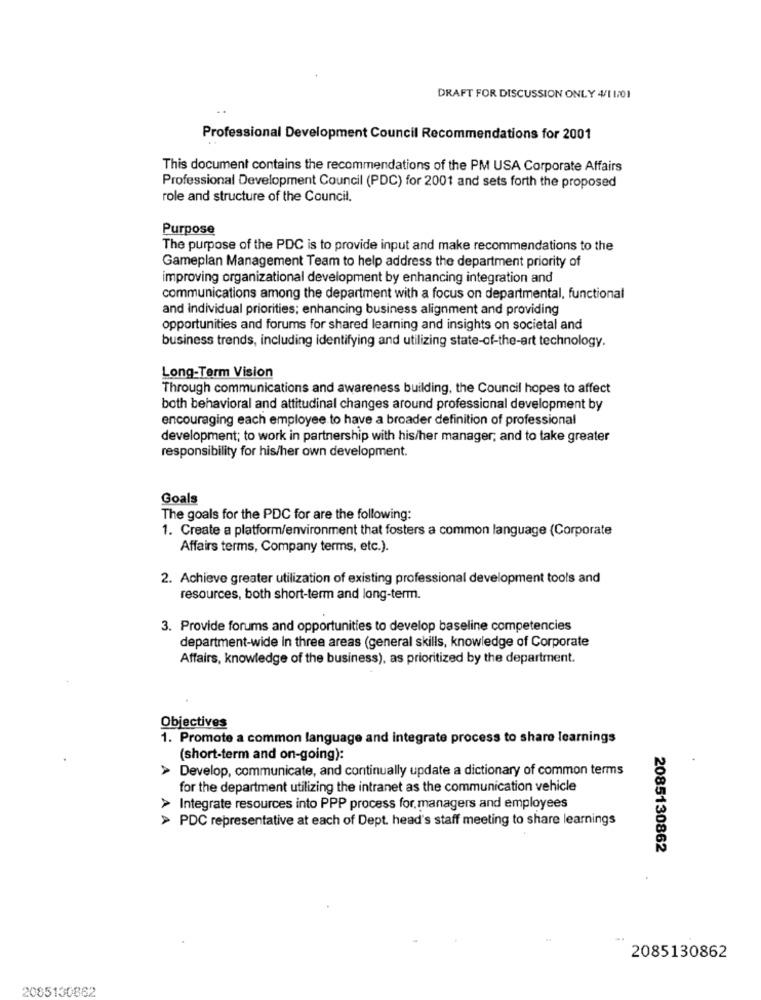
DRAFT FOR DISCUSSION ONLY 4/1 1/01
Professional Development Council Recommendations for 2001
This document contains the recommendations of the PM USA Corporate Affairs
Professional Development Council (PDC) for 2001 and sets forth the proposed
role and structure of the Council.
Purpose
The purpose of the PDC is to provide input and make recommendations to the
Gameplan Management Team to help address the department priority of
improving organizational development by enhancing integration and
communications among the department with a focus on departmental, functional
and individual priorities; enhancing business alignment and providing
opportunities and forums for shared learning and insights on societal and
business trends, including identifying and utilizing state-of-the-art technology.
Long-Term Vision
Through communications and awareness building, the Council hopes to affect
both behavioral and attitudinal changes around professional development by
encouraging each employee to have a broader definition of professional
development; to work in partnership with his/her manager; and to take greater
responsibility for his/her own development.
Goals
The goals for the PDC for are the following:
1. Create a platform/environment that fosters a common language (Corporate
Affairs terms, Company terms, etc.).
2. Achieve greater utilization of existing professional development tools and
resources, both short-term and long-term.
3. Provide forums and opportunities to develop baseline competencies
department-wide in three areas (general skills, knowledge of Corporate
Affairs, knowledge of the business), as prioritized by the department.
Objectives
1. Promote a common language and integrate process to share learnings
(short-term and on-going):
·Develop, communicate, and continually update a dictionary of common terms
for the department utilizing the intranet as the communication vehicle
> Integrate resources into PPP process for, managers and employees
> PDC representative at each of Dept. head's staff meeting to share learnings
2085130862
2085130862
2085130862